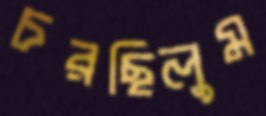
চরছিলুম